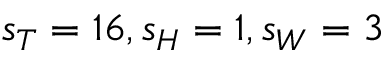
s _ { T } = 1 6 , s _ { H } = 1 , s _ { W } = 3